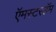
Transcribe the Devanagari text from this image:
ऍमस्टरडॅम